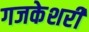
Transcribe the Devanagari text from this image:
गजकेशरी